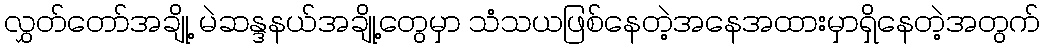
လွှတ်တော်အချို့ မဲဆန္ဒနယ်အချို့တွေမှာ သံသယဖြစ်နေတဲ့အနေအထားမှာရှိနေတဲ့အတွက်